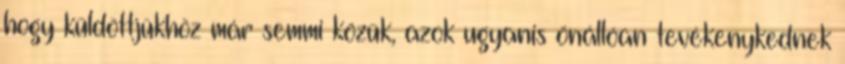
hogy küldöttjükhöz már semmi közük, azok ugyanis önállóan tevékenykednek